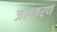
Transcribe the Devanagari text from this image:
जलकरण